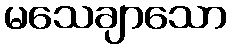
မသေချာသော